Civil Veterinary Department Bihar & Orissa reports 1929-36 - 1929-1936
Year: 1929
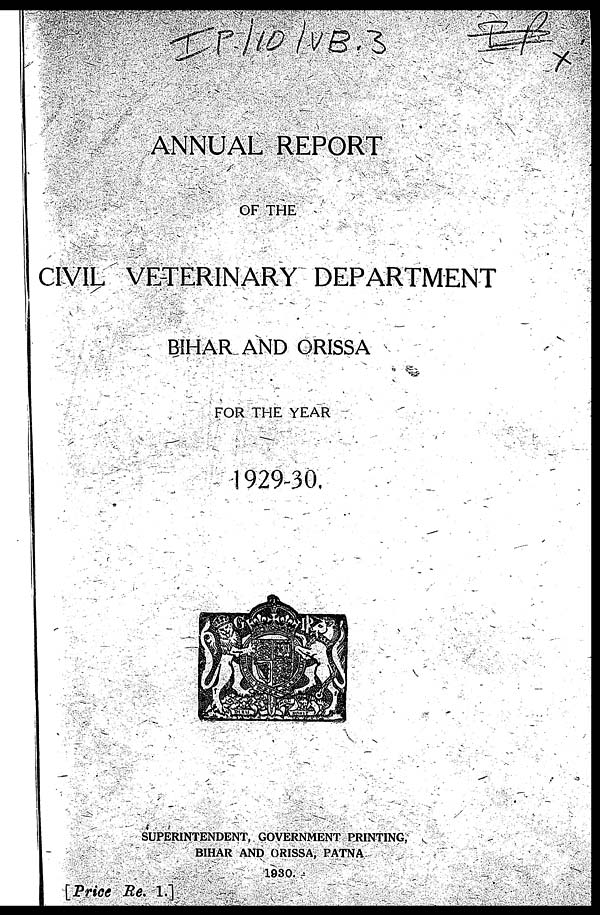
ANNUAL REPORT
OF THE
CIVIL VETERINARY DEPARTMENT
BIHAR AND ORISSA
FOR THE YEAR
1929-30.
SUPERINTENDENT, GOVERNMENT PRINTING,
BIHAR AND ORISSA, PATNA
1930.
[Price Re. 1.]